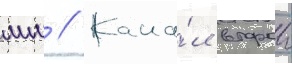
мм // Кана́л второи